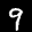
Label: 9